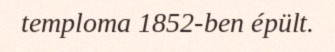
temploma 1852-ben épült.